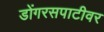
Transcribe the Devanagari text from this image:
डोंगरसपाटीवर